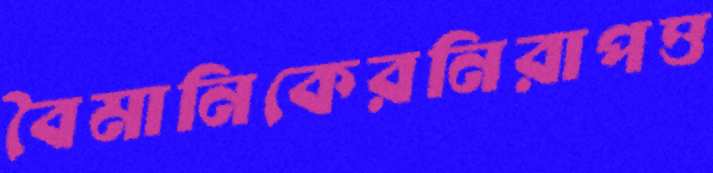
বৈমানিকেরনিরাপত্ত